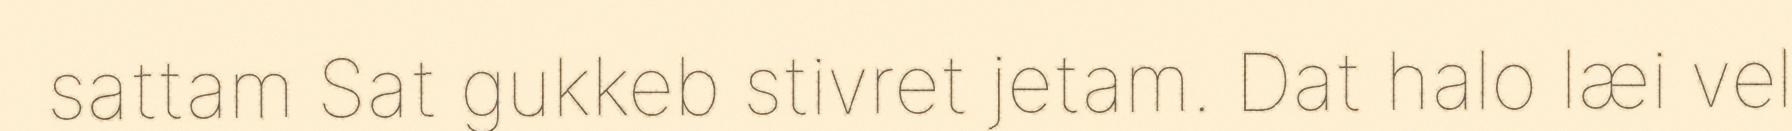
sattam Sat gukkeb stivret jetam. Dat halo læi vel